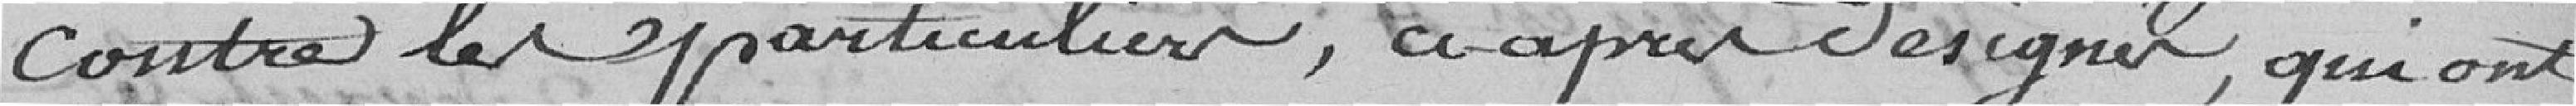
contre les particuliers ci-après désignés, qui ont